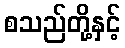
စသည်တို့နှင့်